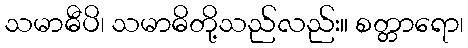
သမာဓီပိ၊ သမာဓိတို့သည်လည်း။ စတ္တာရော၊